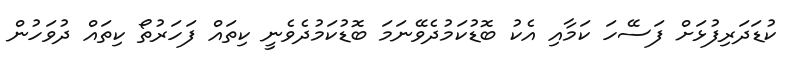
ކުޑަދަރިފުޅަށް ފަސޭހަ ކަމާއި އެކު ބޮޑުކަމުދެވޭނަމަ ބޮޑުކަމުދެވެނީ ކިތައް ފަހަރުތޯ ކިތައް ދުވަހުން